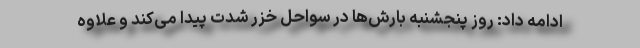
ادامه داد: روز پنجشنبه بارش‌ها در سواحل خزر شدت پیدا می‌کند و علاوه